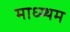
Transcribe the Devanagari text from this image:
माध्य्थम